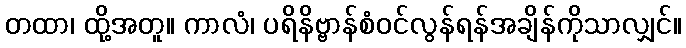
တထာ၊ ထို့အတူ။ ကာလံ၊ ပရိနိဗ္ဗာန်စံဝင်လွန်ရန်အချိန်ကိုသာလျှင်။